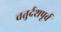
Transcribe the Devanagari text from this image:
चतुर्दशपूर्व